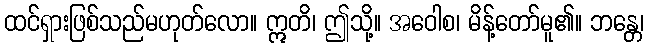
ထင်ရှားဖြစ်သည်မဟုတ်လော။ ဣတိ၊ ဤသို့။ အဝေါစ၊ မိန့်တော်မူ၏။ ဘန္တေ၊